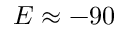
E \approx - 9 0